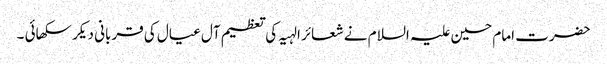
حضرت امام حسین علیہ السلام نے شعائر الہیہ کی تعظیم آل عیال کی قربانی دیکر سکھائی ۔